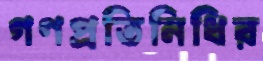
গণপ্রতিনিধির